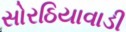
સોરઠિયાવાડી